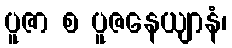
ပူဇာ စ ပူဇနေယျာနံ၊